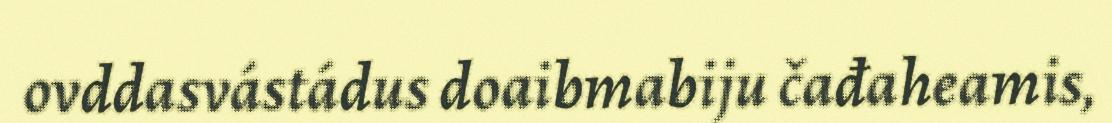
ovddasvástádus doaibmabiju čađaheamis,